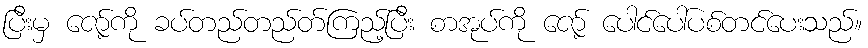
ပြီးမှ ဇော့်ကို ခပ်တည်တည်တ်ကြည့်ပြီး စာအုပ်ကို ဇော့် ပေါင်ပေါ်ပစ်တင်ပေးသည်။